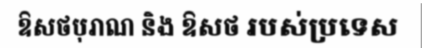
ឱសថបុរាណ និង ឱសថ របស់ប្រទេស